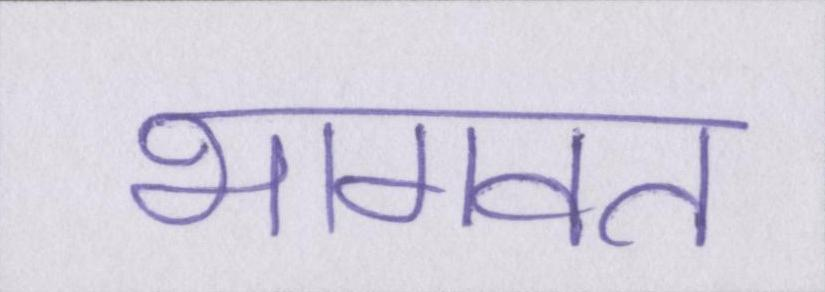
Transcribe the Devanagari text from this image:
भागवत